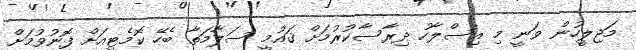
މަޖިލީހުން ވަނީ މި އިސްލާހު ދިރާސާކުރުމަށް ޤައުމީ ސަލާމަތާ ބެހޭ ކޮމެޓީއަށް ފޮނުވުމަށް